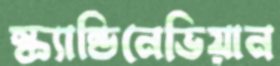
স্ক্যান্ডিনেভিয়ান